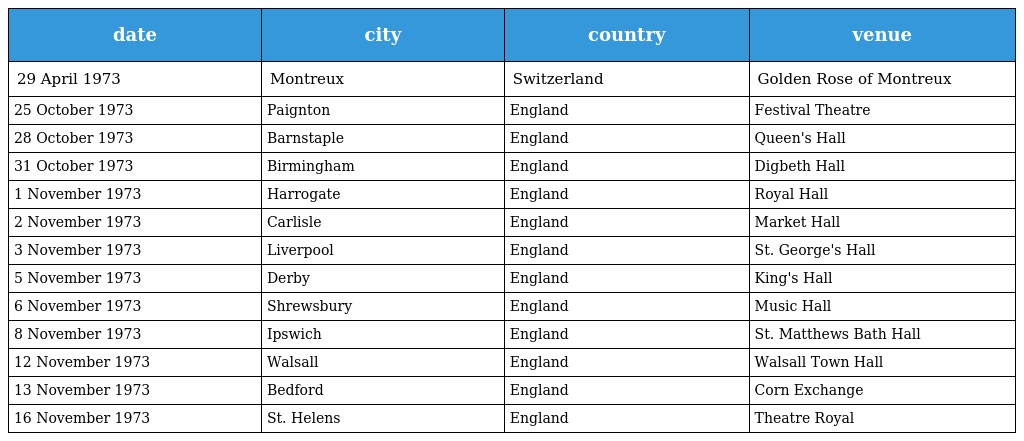
| date | city | country | venue |
 | --- | --- | --- | --- |
 | 29 April 1973 | Montreux | Switzerland | Golden Rose of Montreux |
 | 25 October 1973 | Paignton | England | Festival Theatre |
 | 28 October 1973 | Barnstaple | England | Queen's Hall |
 | 31 October 1973 | Birmingham | England | Digbeth Hall |
 | 1 November 1973 | Harrogate | England | Royal Hall |
 | 2 November 1973 | Carlisle | England | Market Hall |
 | 3 November 1973 | Liverpool | England | St. George's Hall |
 | 5 November 1973 | Derby | England | King's Hall |
 | 6 November 1973 | Shrewsbury | England | Music Hall |
 | 8 November 1973 | Ipswich | England | St. Matthews Bath Hall |
 | 12 November 1973 | Walsall | England | Walsall Town Hall |
 | 13 November 1973 | Bedford | England | Corn Exchange |
 | 16 November 1973 | St. Helens | England | Theatre Royal |